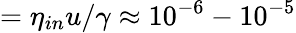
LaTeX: =\eta_{in}u/\gamma\approx 10^{-6}-10^{-5}